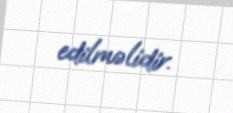
edilməlidir.